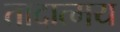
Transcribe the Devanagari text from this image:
तादात्मय